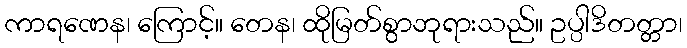
ကာရဏေန၊ ကြောင့်။ တေန၊ ထိုမြတ်စွာဘုရားသည်။ ဥပ္ပါဒိတတ္တာ၊